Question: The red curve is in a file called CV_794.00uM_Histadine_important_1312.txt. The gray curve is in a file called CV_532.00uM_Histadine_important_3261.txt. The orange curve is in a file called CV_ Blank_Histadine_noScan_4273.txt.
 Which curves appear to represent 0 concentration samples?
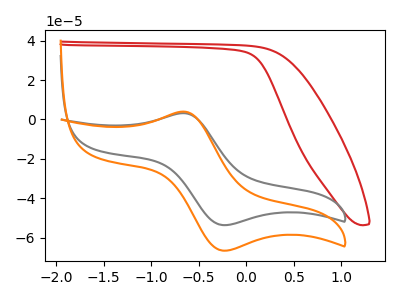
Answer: <think>The red curve "Histadine, 794.00uM" has no peaks. The gray curve "Histadine, 532.00uM" has an anodic peak at (-0.65V, 3.20uA) and a cathodic peak at (-0.25V, -53.60uA). The orange curve "Histadine,  Blank" has an anodic peak at (-0.65V, 4.00uA) and a cathodic peak at (-0.25V, -66.60uA).</think>
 <answer>"Histadine, 794.00uM" is likely to be a blank.</answer>
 <eval>Histadine, 794.00uM</eval>